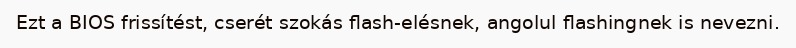
Ezt a BIOS frissítést, cserét szokás flash-elésnek, angolul flashingnek is nevezni.